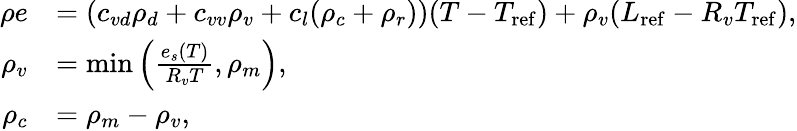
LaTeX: \begin{array}{rl}{\rho e}&{=(c_{vd}\rho_{d}+c_{vv}\rho_{v}+c_{l}(\rho_{c}+\rho_{r}))(T-T_{\mathrm{ref}})+\rho_{v}(L_{\mathrm{ref}}-R_{v}T_{\mathrm{ref}}),}\\ {\rho_{v}}&{=\operatorname*{min}\left(\frac{e_{s}(T)}{R_{v}T},\rho_{m}\right),}\\ {\rho_{c}}&{=\rho_{m}-\rho_{v},}\end{array}